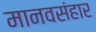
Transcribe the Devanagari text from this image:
मानवसंहार